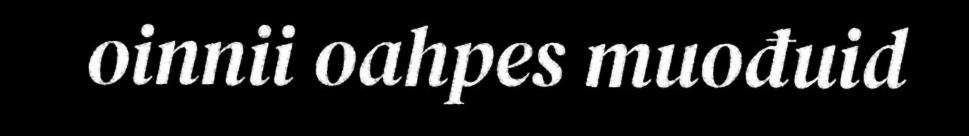
oinnii oahpes muođuid